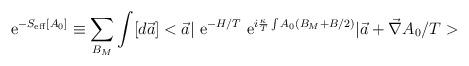
LaTeX: \begin{align*}{\rm ~e}^{-S_{\rm eff}[A_0]}\equiv \sum_{B_M} \int [d\vec a] <\vec a\vert {\rm ~e}^{-H/T}{\rm ~e}^{i\frac{\kappa}{T}\int A_0(B_M+B/2)}\vert\vec a+\vec \nabla A_0/T>\end{align*}